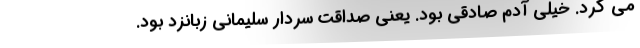
می کرد. خیلی آدم صادقی بود. یعنی صداقت سردار سلیمانی زبانزد بود.